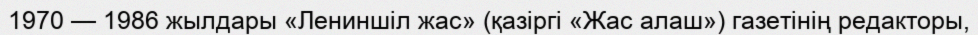
1970 — 1986 жылдары «Лениншіл жас» (қазіргі «Жас алаш») газетінің редакторы,